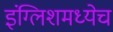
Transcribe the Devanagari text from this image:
इंग्लिशमध्येच